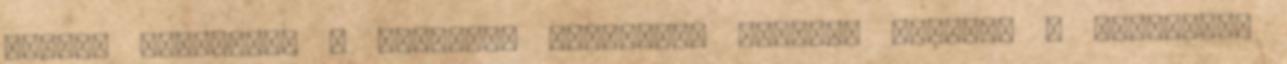
engedi megszokni a brutális látványt. Középen vagyunk a páholyból